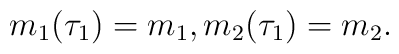
m_{1}(\tau_{1})=m_{1},m_{2}(\tau_{1})=m_{2}.